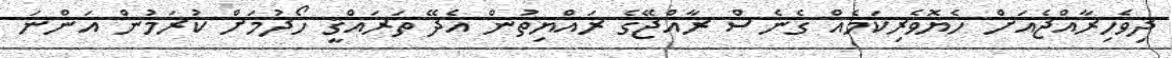
ދިވެހިރާއްޖެއަށް ހެޔޮވެރިކަމެއް ގެނެސް ރާއްޖޭގެ ރައްޔިތުން އެދޭ ތަރައްޤީ ހޯދުމަށް ކުރަމުން އަންނަ